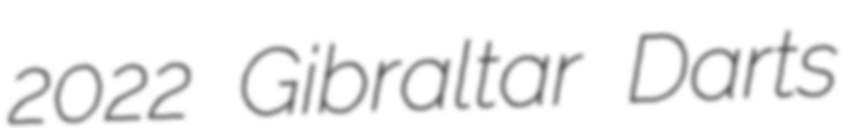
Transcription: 2022 Gibraltar Darts